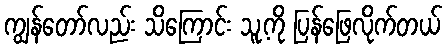
ကျွန်တော်လည်း သိကြောင်း သူ့ကို ပြန်ဖြေလိုက်တယ်